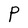
Character: P